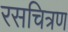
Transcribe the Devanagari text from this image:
रसचित्रण